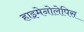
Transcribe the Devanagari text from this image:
हाइमेनोलेपिस